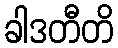
ခါဒတီတိ